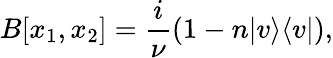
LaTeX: B[x_{1},x_{2}]=\frac{i}{\nu}(1-n|v\rangle\langle v|),